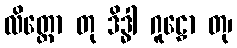
လိတ္တော တု ဒိဒ္ဓါ ဂူဠှော တု၊